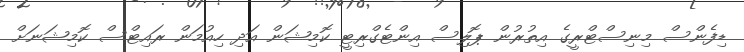
ޑިފެންސް މިނިސްޓްރީގެ އިތުރުން ޕޮލިސް އިންޓެގްރިޓީ ކޮމިޝަން އަދި ހިއުމަން ރައިޓްސް ކޮމިޝަނަށް